Vaccination Hyderabad 1872-1889 - 1872-1889
Year: 1872
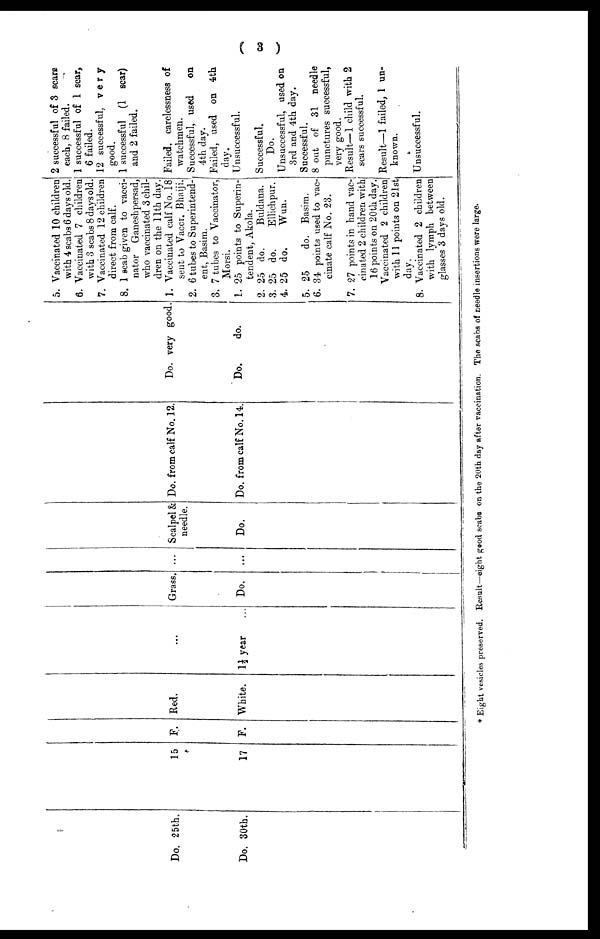
( 3 )
Do. 25th.
Do. 30th.
15
17
F.
F.
Red.
White. 1½ year
Grass.
Do.
...
...
Scalpel &
needle.
Do.
Do. from calf No. 12.
Do. from calf No. 14..
Do. very good.
Do.
do.
5. Vaccinated 10 children
with 4 scabs 6 days old.
6. Vaccinated 7 children
with 3 scabs 8 days old.
7. Vaccinated 12 children
direct from calf.
8. 1 scab given to vacci¬
nator Ganeshpersad,
who vaccinated 3 chil-
dren on the 11th day.
1. Vaccinated calf No. 18
sent to Vaccr. Bhaiji.
2. 6 tubes to Superintend-
ent, Basim.
3. 7 tubes to Vaccinator,
Morsi.
1. 25 points to Superin-
tendent, Akola.
2. 25 do.
Buldana.
3. 25 do.
Ellichpur.
4. 25 do.
Wun.
5. 25
do. Basim.
6. 34 points used to vac-
cinate calf No. 23.
7. 27 points in hand vac-
cinated 2 children with
16 points on 20th day.
Vaccinated 2 children
with 11 points on 21st
day.
8. Vaccinated 2 children
with lymph between
glasses 3 days old.
2 successful of 3 scars
each. 8 failed.
1 successful of 1 scar,
6 fai
12 successful, very
good.
1 successful (1 scar)
and 2 failed.
Failed, carelessness of
watchmen.
Successful, used
on
4th day.
Failed, used on 4th
day.
Unsuccessful.
Successful.
Do.
Unsuccessful, used on
3rd and 4th day.
Successful.
8 out of 31 needle
punctures successful,
very good.
Result—1 child with 2
scars successful.
Result—1 failed, 1 un-
known.
Unsuccessful.
* Eight vesicles preserved. Result—eight good scabs on the 20th day after vaccination. The scabs of needle insertions were large.